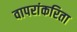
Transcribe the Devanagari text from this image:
वापरांकरिता